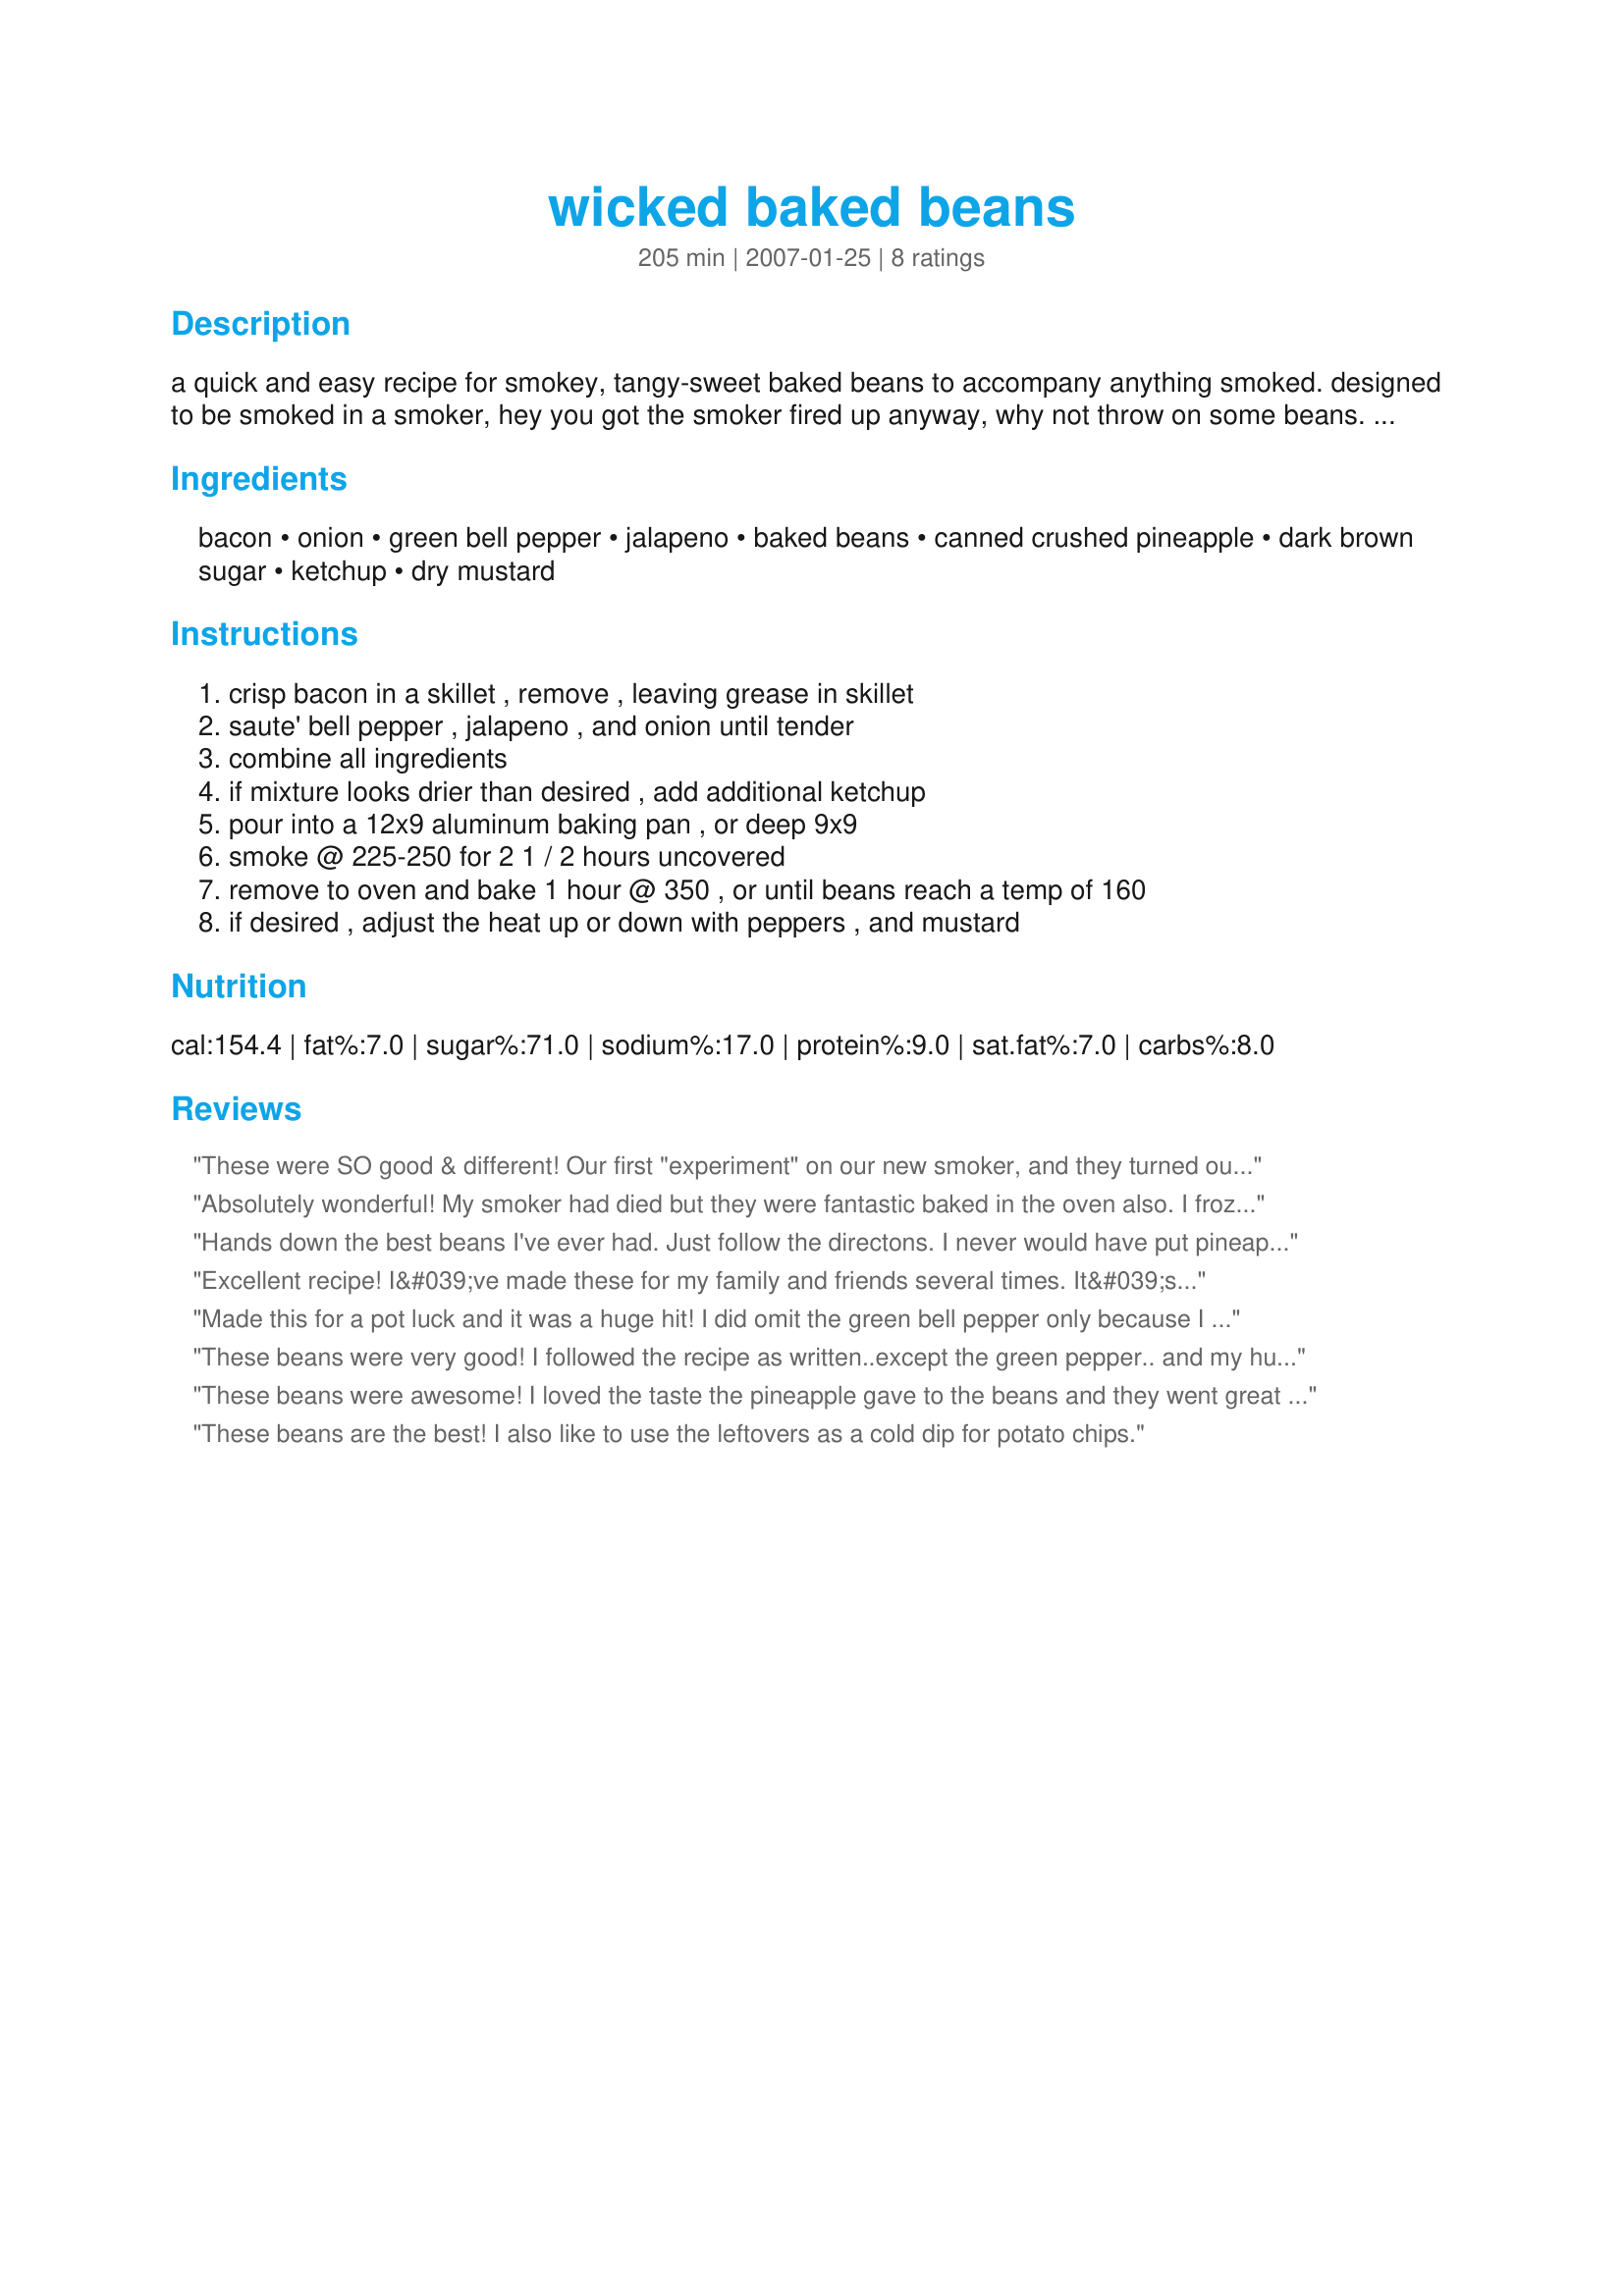
wicked baked beans
Preparation time: 205 minutes

a quick and easy recipe for smokey, tangy-sweet baked beans to accompany anything smoked. designed to be smoked in a smoker, hey you got the smoker fired up anyway, why not throw on some beans.

while not my original recipe, this recipe has received hundereds of rave reviews.

Ingredients:
bacon, onion, green bell pepper, jalapeno, baked beans, canned crushed pineapple, dark brown sugar, ketchup, dry mustard

Steps:
crisp bacon in a skillet , remove , leaving grease in skillet, saute' bell pepper , jalapeno , and onion until tender, combine all ingredients, if mixture looks drier than desired , add additional ketchup, pour into a 12x9 aluminum baking pan , or deep 9x9, smoke @ 225-250 for 2 1 / 2 hours uncovered, remove to oven and bake 1 hour @ 350 , or until beans reach a temp of 160, if desired , adjust the heat up or down with peppers , and mustard

Reviews:
These were SO good & different! Our first "experiment" on our new smoker, and they turned out great! I only used 1 jalapeno and removed the seeds, next time I think I'll keep the seeds and go with 2, as I didn't really taste the jalapeno, and I like heat! Thanks for posting!
Absolutely wonderful! My smoker had died but they were fantastic baked in the oven also. I froze the beans in meal-sized portions, so we'll be enjoying them often. I can't wait to try these again when we replace our smoker.
Hands down the best beans I've ever had. Just follow the directons. I never would have put pineapple and beans together but man it really works!
Excellent recipe! I&#039;ve made these for my family and friends several times. It&#039;s now a staple when barbecuing a Boston Butt. I&#039;ve messed with the jalape&ntilde;o addition to get the right amount of heat. We like using two peppers,but only using the seeds from one of them. I use the large Big Green Egg with a chunk of oak for smoking.
Made this for a pot luck and it was a huge hit! I did omit the green bell pepper only because I really don't like it. My cooking method was to heat the beans in a crock pot for about 4 hours on high and they turned out perfect. Thank you for a recipe that I know I can always count on!
These beans were very good! I followed the recipe as written..except the green pepper.. and my hubby put it in his smoker with the pork shoulder he was doing. I was leary about the pineapple but it turned out great!
These beans were awesome! I loved the taste the pineapple gave to the beans and they went great with the spicy jalapeno peppers! I wish they had a little bit more of a smoky flavor....I might have to cheat and add some liquid smoke! Awesome recipe! Will definitely make again!
These beans are the best! I also like to use the leftovers as a cold dip for potato chips.
